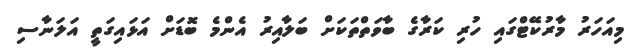
މިއަހަރު މާރުކޭޓްގައި ހުރި ކަރާގެ ބާވަތްތަކަށް ބަލާއިރު އެންމެ ބޮޑަށް އަޅައިގަތީ އަލަނާސި